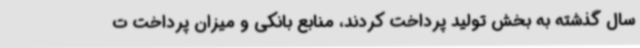
سال گذشته به بخش تولید پرداخت کردند، منابع بانکی و میزان پرداخت ت